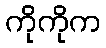
ကိုကိုက